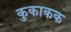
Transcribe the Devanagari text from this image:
कुकाकक